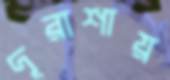
দূরাশায়